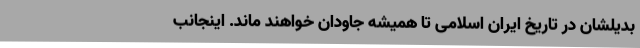
بدیلشان در تاریخ ایران اسلامی تا همیشه جاودان خواهند ماند. اینجانب